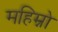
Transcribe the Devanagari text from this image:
महिम्नो